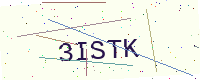
Text: 3ISTK